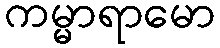
ကမ္မာရာမော